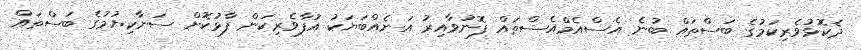
ދެކޮޅުވެރިކަމުގެ ބަސްތައް ބުނެ އެސްއެމްއެސްތައް ފޮނުވާއިރު އަނެއްބަޔަކު އުފާވެރިކަން ފާޅުކޮށް ސަނާކިޔުމުގެ ބަސްތައް